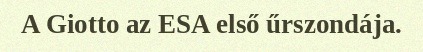
A Giotto az ESA első űrszondája.